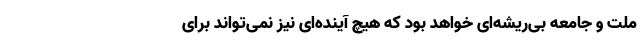
ملت و جامعه بی‌ریشه‌ای خواهد بود که هیچ آینده‌ای نیز نمی‌تواند برای